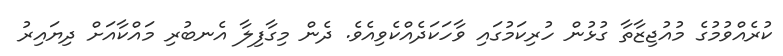
ކުރެއްވުމުގެ މުއުޖިޒާތާ ގުޅުން ހުރިކަމުގައި ވާހަކަދެއްކެވިއެވެ. ދެން މިގާފިލާ އެނބުރި މައްކާއަށް ދިޔައިރު